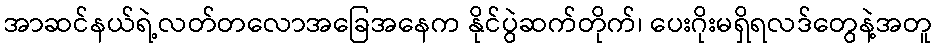
အာဆင်နယ်ရဲ့လတ်တလောအခြေအနေက နိုင်ပွဲဆက်တိုက်၊ ပေးဂိုးမရှိရလဒ်တွေနဲ့အတူ